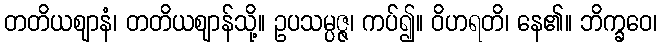
တတိယဈာနံ၊ တတိယဈာန်သို့။ ဥပသမ္ပဇ္ဇ၊ ကပ်၍။ ဝိဟရတိ၊ နေ၏။ ဘိက္ခဝေ၊